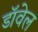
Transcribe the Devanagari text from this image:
डॉवेल